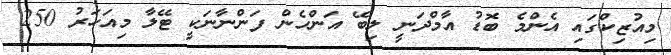
މިއުޒިކްގައި އެންމެ ބޮޑު އާމްދަނީ ލިބޭ އަންހެން ފަންނާނަކީ ޓޭލާ މިއަހަރު 250